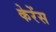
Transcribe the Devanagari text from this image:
केरेंस